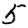
Digit: 5